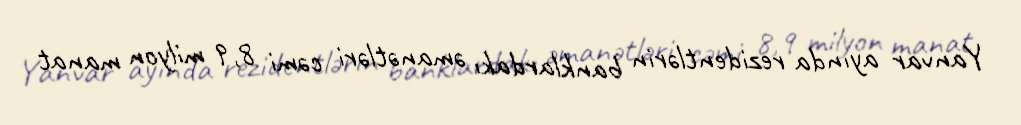
Yanvar ayında rezidentlərin banklardakı əmanətləri cəmi 8,9 milyon manat